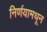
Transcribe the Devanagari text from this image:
निर्णयामधून